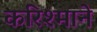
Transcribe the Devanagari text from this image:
करिश्माने